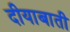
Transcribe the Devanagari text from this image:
दीयाबाती